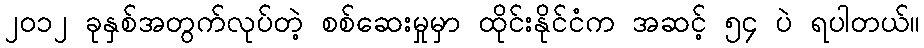
၂၀၁၂ ခုနှစ်အတွက်လုပ်တဲ့ စစ်ဆေးမှုမှာ ထိုင်းနိုင်ငံက အဆင့် ၅၄ ပဲ ရပါတယ်။